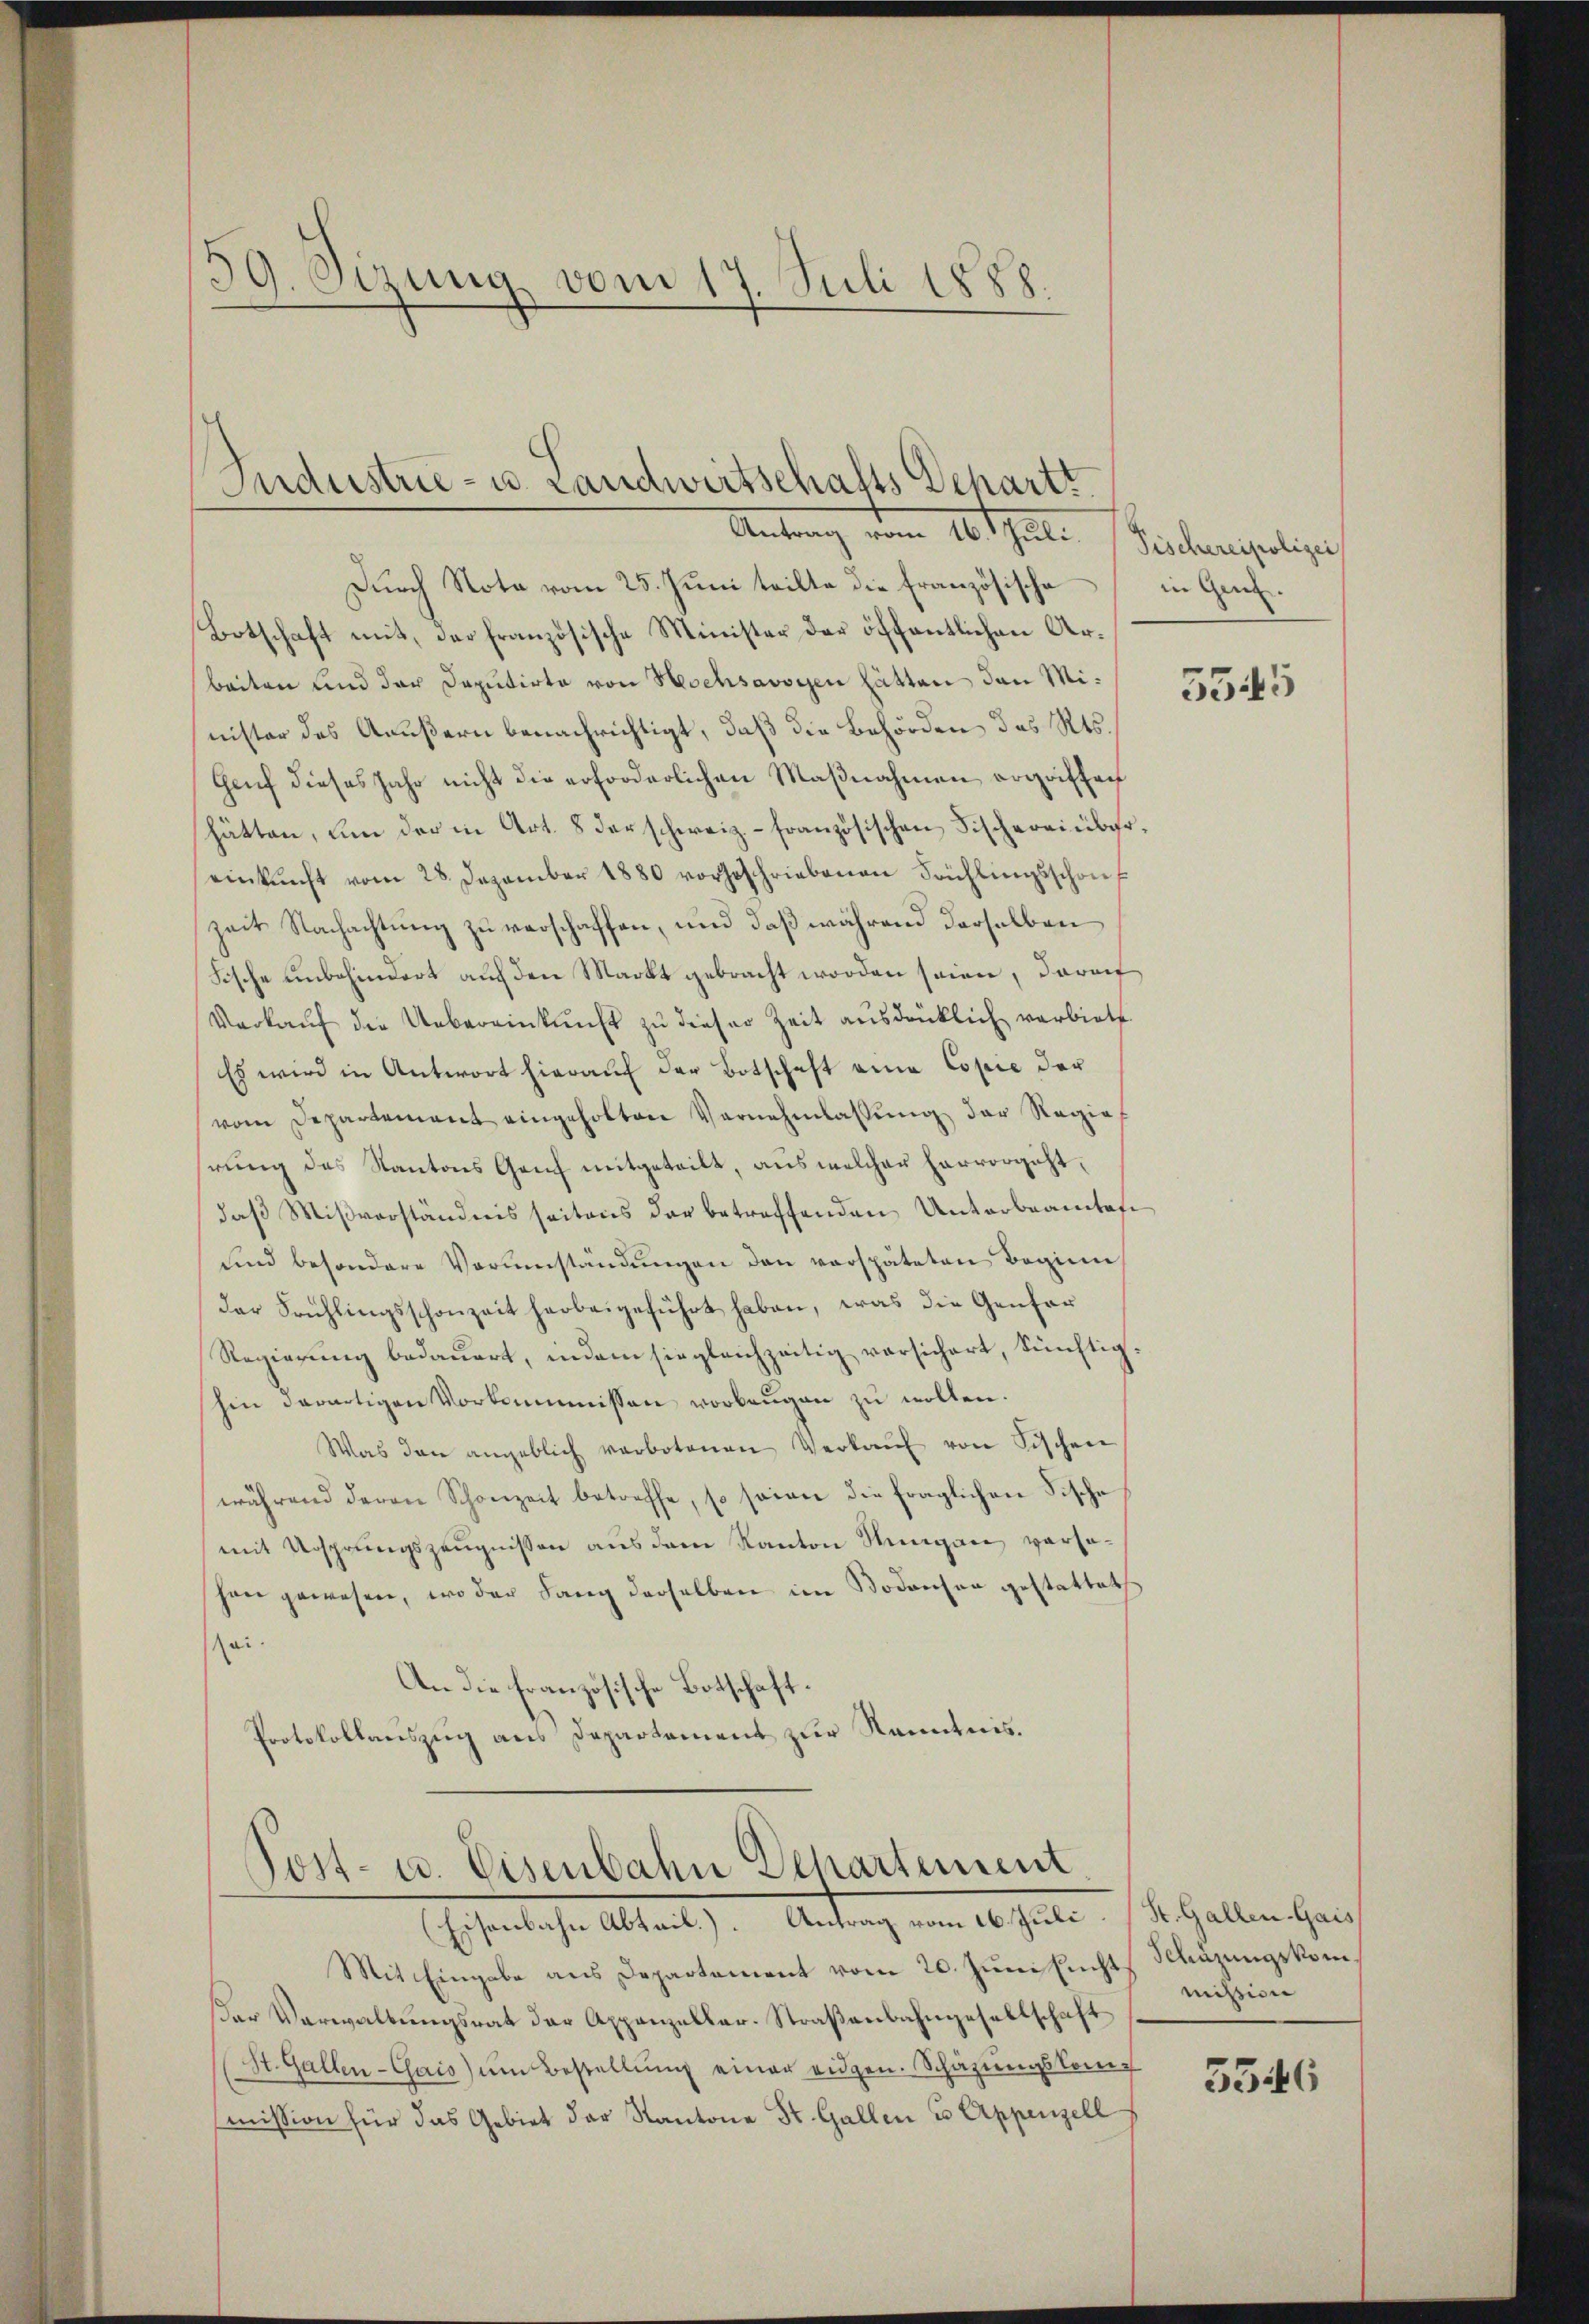
39. Sizung vom 17. Juli 1888.

Industrie- u. Landwirtschafts Departi
Antrag vom 16 t Juli Pischenselige

Durch Nota vom 25. Juni teilte die französische
Botschaft mit, der französische Minister der öffentlichen Arbeiten und der Deputirte von Hochsavoyen hätten dann Minister des Aeußern benachrichtigt, daß die Behörden des Kts.
Genf dieses Jahr nicht die erforderlichen Maβnahmen ergriffen
hätten, um der in Art. 8 der schweiz.- französischen Fischereinbereinkunft vom 28. Dezember 1880 vorgeschriebenen Frühlingsschon
zeit Nachachtung zu verschaffen, und daß während derselben
Fische unbehindert auf den Markt gebracht worden seien, darauf
Verkauf die Uebereinkunft zu dieser Zeit ausdrücklich verbiete
Es wird in Antwort hierauf der Botschaft eine Copie der
vom Departement eingeholten Vernehmlassŭng der Regiehrung des Kantons Genf mitgeteilt, aus welcher hervorgichtdaß Mißverständnis seitens der betreffenden Unterbeamtes
sind besondere Vorŭmständŭngen den verspäteten Beginn
der Frühlingsschonzeit herbeigeführt haben, was die Genfer
Regierung bedauert, indem siegleichzeitig versichert, künftighin derartigen Vorkommissen vorbeugen zu wollen.
Was den angeblich verbotenen Verkaŭf von Fischen
während deren Schonzeit betreffe, so sein die fraglichen Fische
mit Ursprungszeugnissen aus dem Kanton Singen versaschon gewesen, wo der Lang derselben im Bodensen gestattet
sei.
An die französische Botschaft.
Protokollauszug aus Departement zur Kenntnis.

Post- u. Eisenbahn Behartement
(Eisenbahn Abtail.). Antrag vom 16. Juli (St. Gallen-Gais

Mit Eingabe aus Departement vom 20. Juni Eucht Schazungskomer Verwaltungsrat der Appenzeller-Straßenbahngesellschaft
(St. Gallen-Gais ŭm Bestellŭng einer eidgen. Schazungskomp
mission für das Gebiet der Kantone St. Gallen u Appenzell

in Genf.

5545

mission

5346